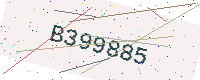
Text: B399885